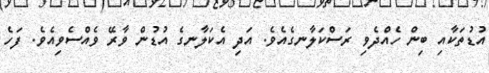
އުޑުތަކާއި ބިން ހެއްދެވި ރަސްކަލާނގެއެވެ. އަދި އެކަލާނގެ އުޑުން ވާރޭ ވެއްސެވިއެވެ. ފަހެ